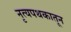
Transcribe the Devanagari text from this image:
नृत्यपथकातून